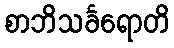
စာဘိသင်္ခရောတိ